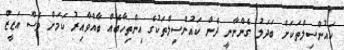
ކައުންސިލްތަކަށް ބަދަލު ގެންނާނީ ދެން ކައުންސިލްތަކުގެ އިންތިހާބެއް ބާއްވާއިރު ކަމަށް ވެސް އަޒީޒް